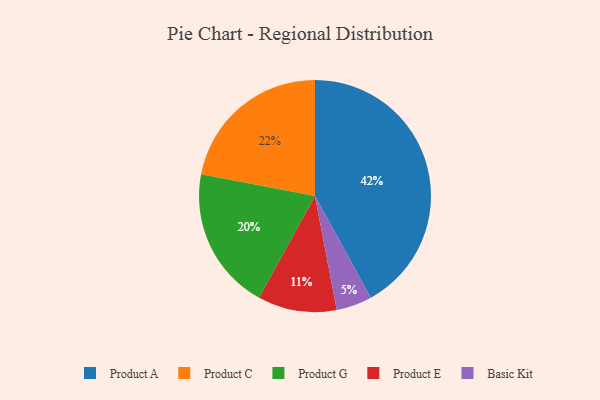
{"axis": {"x": "Category", "y": "Percentage"}, "legend": ["Basic Kit", "Product A", "Product C", "Product E", "Product G"], "data": [{"x": "Product E", "y": 11, "type": "Product E"}, {"x": "Product A", "y": 42, "type": "Product A"}, {"x": "Basic Kit", "y": 5, "type": "Basic Kit"}, {"x": "Product C", "y": 22, "type": "Product C"}, {"x": "Product G", "y": 20, "type": "Product G"}]}